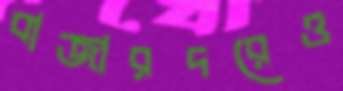
বাজারদরেও